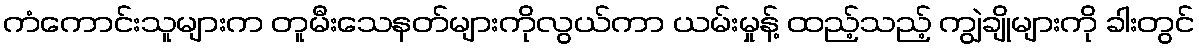
ကံကောင်းသူများက တူမီးသေနတ်များကိုလွယ်ကာ ယမ်းမှုန့် ထည့်သည့် ကျွဲချိုများကို ခါးတွင်